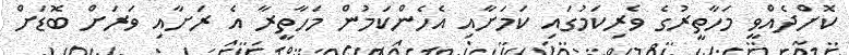
ކޮށްދެއްވީ މަހާތީރުގެ ވެރިކަމުގައި ކަމަށާއި އެހެންކަމުން މަހާތީރާ އެ ރަށާއި ވަރަށް ބޮޑަށް